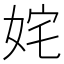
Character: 姹